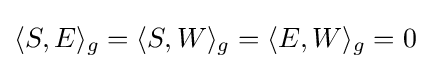
\langle S,E\rangle _{g}=\langle S,W\rangle _{g}=\langle E,W\rangle _{g}=0